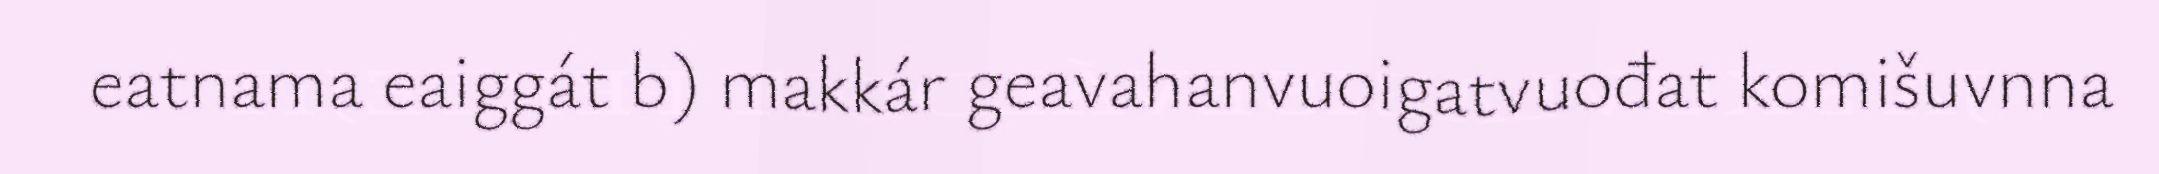
eatnama eaiggát b) makkár geavahanvuoigatvuođat komišuvnna